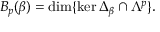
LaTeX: B _ { p } ( \beta ) = \dim \{ \ker \Delta _ { \beta } \cap \Lambda ^ { p } \} .